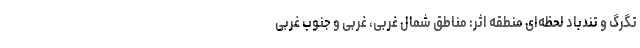
تگرگ و تندباد لحظه‌ای منطقه اثر: مناطق شمال غربی، غربی و جنوب غربی